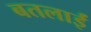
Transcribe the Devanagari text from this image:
बतलाईं